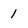
Character: 1